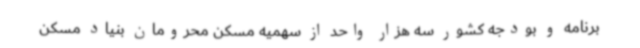
برنامه و بودجه کشور سه هزار واحد از سهمیه مسکن محرومان بنیاد مسکن